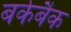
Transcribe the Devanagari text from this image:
बर्कबैक